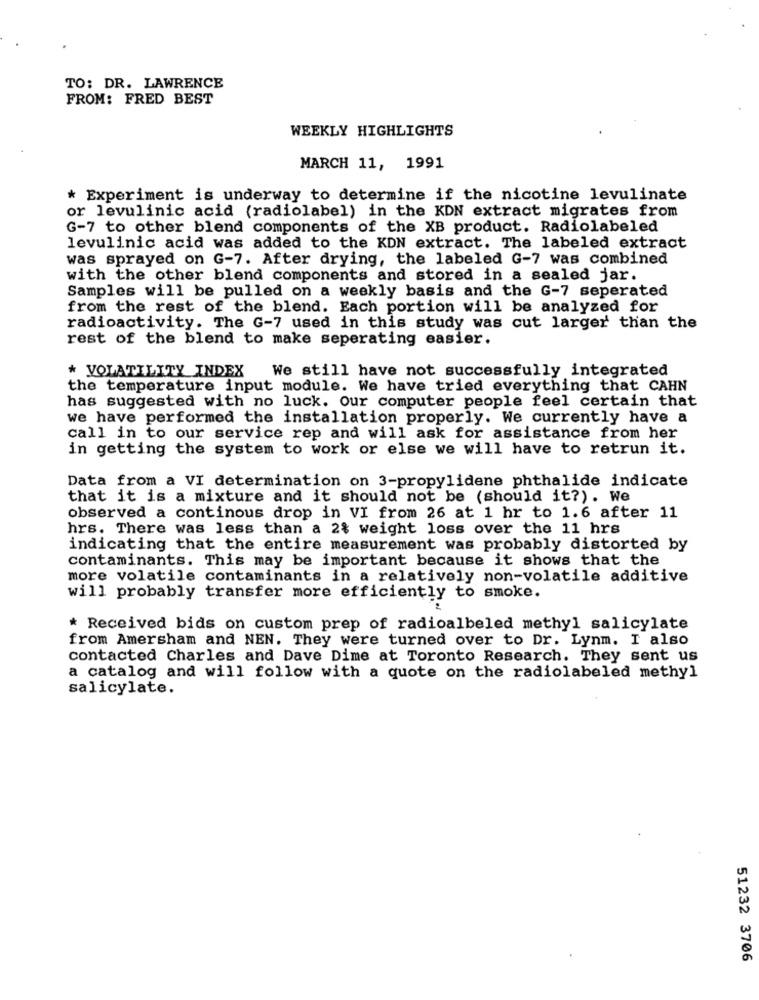
TO: DR. LAWRENCE
FROM: FRED BEST
WEEKLY HIGHLIGHTS
MARCH 11, 1991
* Experiment is underway to determine if the nicotine levulinate
or levulinic acid (radiolabel) in the KDN extract migrates from
G-7 to other blend components of the XB product. Radiolabeled
levulinic acid was added to the KDN extract. The labeled extract
was sprayed on G-7. After drying, the labeled G-7 was combined
with the other blend components and stored in a sealed jar.
Samples will be pulled on a weekly basis and the G-7 seperated
from the rest of the blend. Each portion will be analyzed for
radioactivity. The G-7 used in this study was cut larger than the
rest of the blend to make seperating easier.
We still have not successfully integrated
* VOLATILITY INDEX
the temperature input module. We have tried everything that CAHN
has suggested with no luck. Our computer people feel certain that
we have performed the installation properly. We currently have a
call in to our service rep and will ask for assistance from her
in getting the system to work or else we will have to retrun it.
Data from a VI determination on 3-propylidene phthalide indicate
that it is a mixture and it should not be (should it?). We
observed a continous drop in VI from 26 at 1 hr to 1.6 after 11
hrs. There was less than a 2% weight loss over the 11 hrs
indicating that the entire measurement was probably distorted by
contaminants. This may be important because it shows that the
more volatile contaminants in a relatively non-volatile additive
will probably transfer more efficiently to smoke.
* Received bids on custom prep of radioalbeled methyl salicylate
from Amersham and NEN. They were turned over to Dr. Lynm. I also
contacted Charles and Dave Dime at Toronto Research. They sent us
a catalog and will follow with a quote on the radiolabeled methyl
salicylate.
51232 3706